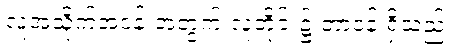
လူ့အသိုက်အဝန်းအတွက် လူတိုင်း၌ တာဝန် ရှိသည်။